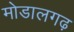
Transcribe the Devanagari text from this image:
मोडालगढ़